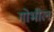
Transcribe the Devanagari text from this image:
गोभील